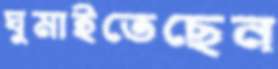
ঘুমাইতেছেন